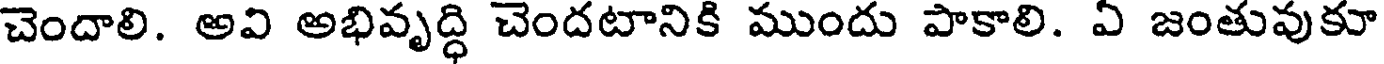
చెందాలి. అవి అభివృద్ధి చెందటానికి ముందు పాకాలి. ఏ జంతువుకూ